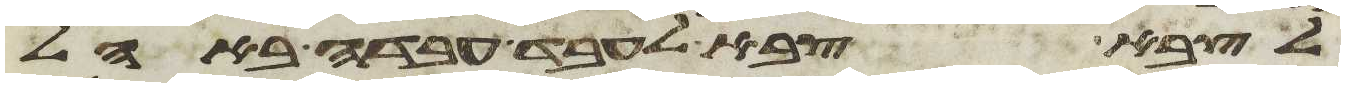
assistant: לצבא צבא לעבד עבדה באהל